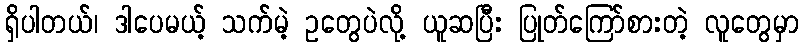
ရှိပါတယ်၊ ဒါပေမယ့် သက်မဲ့ ဥတွေပဲလို့ ယူဆပြီး ပြုတ်ကြော်စားတဲ့ လူတွေမှာ